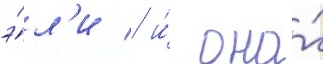
э́л'и / и́ она́